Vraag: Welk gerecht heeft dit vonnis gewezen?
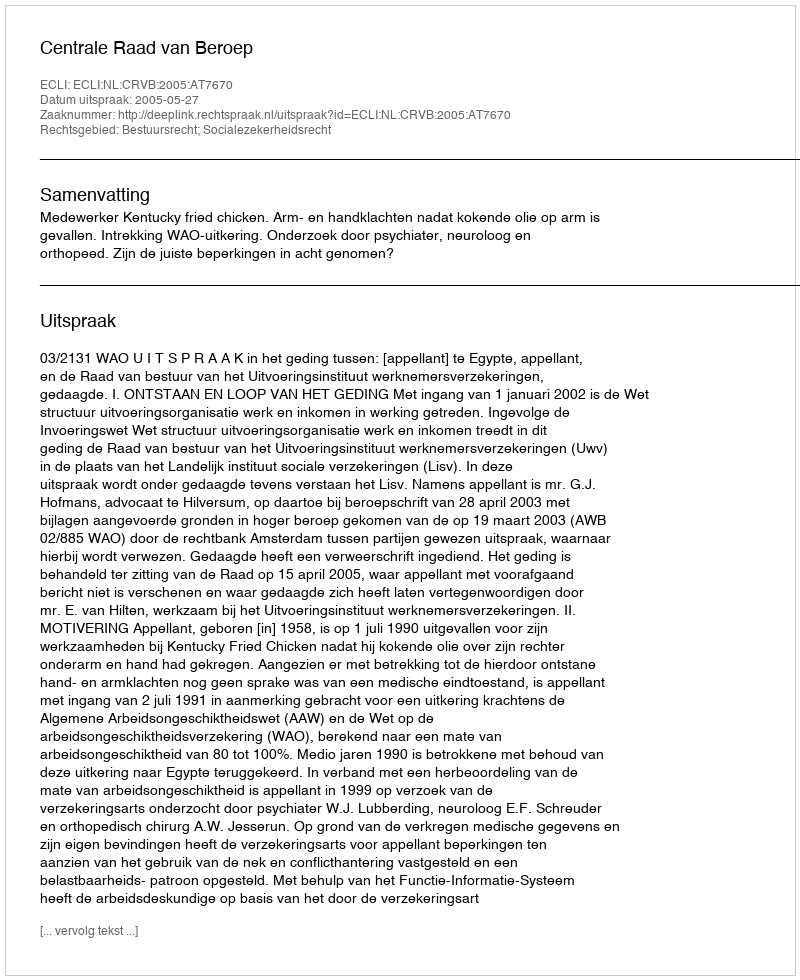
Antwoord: Centrale Raad van Beroep